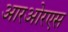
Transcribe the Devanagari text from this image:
आरओरएस